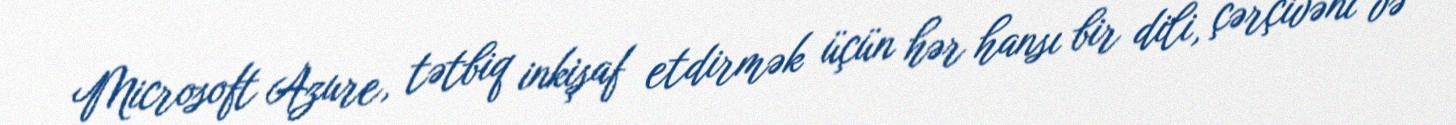
Microsoft Azure, tətbiq inkişaf etdirmək üçün hər hansı bir dili, çərçivəni və